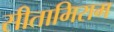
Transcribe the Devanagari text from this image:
सीतामिराम